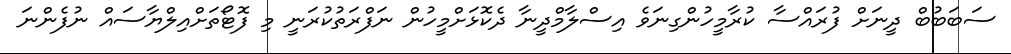
ސަބަބުބް ދީނަށް ފުރައްސާ ކުރާމީހުންގިނަވެ އިސްލާމްދީނާ ދެކޮޅަށްމީހުން ނަފްރަތުކުރަނީ މި ފޮޓޯތަށްއިލްޔާސައް ނުފެންނަ